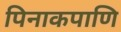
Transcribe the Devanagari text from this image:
पिनाकपाणि